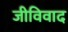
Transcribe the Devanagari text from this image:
जीविवाद